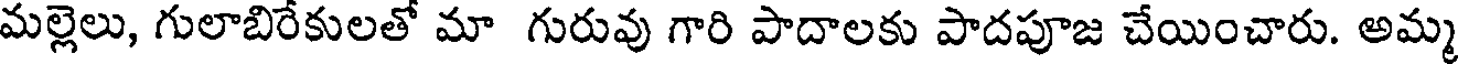
మల్లెలు, గులాబిరేకులతో మా గురువు గారి పాదాలకు పాదపూజ చేయించారు. అమ్మ